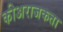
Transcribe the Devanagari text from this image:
कीअराजकता